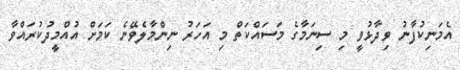
އެމަނިކުފާނު ވިދާޅުވީ މި ސިނަމާގެ މަސައްކަތް މި އަހަރު ނިންމާލެވޭނެ ކަމަށް އުއްމީދުކުރައްވާ